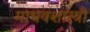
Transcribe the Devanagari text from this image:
माधवशास्त्री